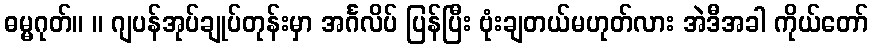
ဓမ္မဂုတ်။ ။ ဂျပန်အုပ်ချုပ်တုန်းမှာ အင်္ဂလိပ် ပြန်ပြီး ဗုံးချတယ်မဟုတ်လား အဲဒီအခါ ကိုယ်တော်